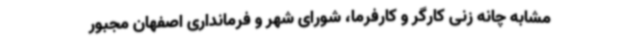
مشابه چانه زنی کارگر و کارفرما، شورای شهر و فرمانداری اصفهان مجبور